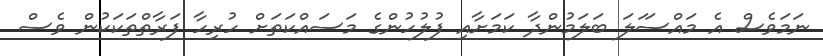
ނަަމަވެސް އެ މައްސަަލަ ބަލަމުންދާ ކަމަށާއި ފުލުހުންގެ މަސައްކަތަށް ހުރިހާ ފަރާތްތަކަކުން ވެސް